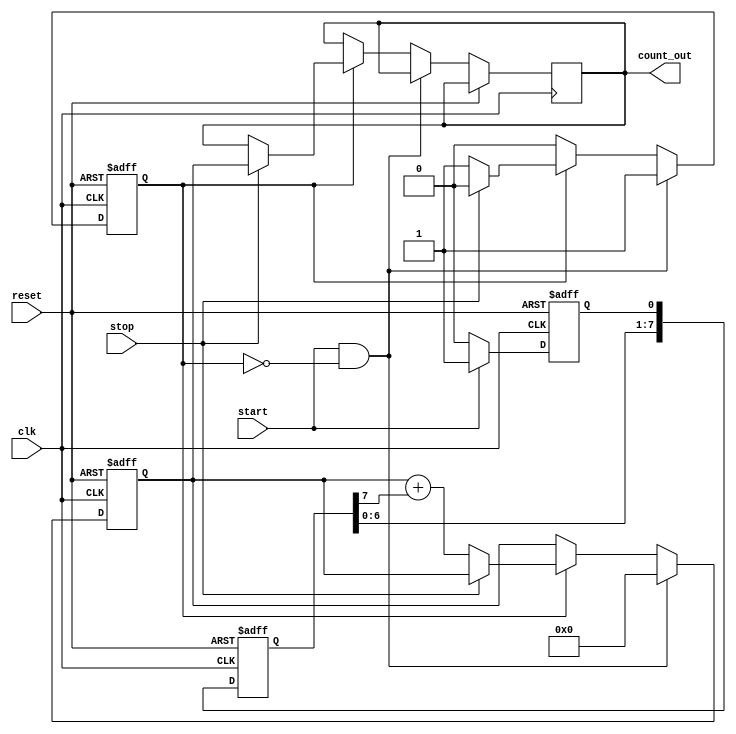
module TDC (
    input wire clk,               // System clock
    input wire reset,             // Asynchronous reset
    input wire start,             // Start signal
    input wire stop,              // Stop signal
    output reg [N-1:0] count_out  // Output count value
);
    parameter N = 8;              // Number of delay stages
    parameter DELAY_UNIT = 1;     // Delay unit (can be adjusted for resolution)

    reg [N-1:0] delay_line;       // Delay line storage
    reg [N-1:0] count;            // Counter for delay stages
    reg start_latched;            // Latch for start signal
    reg counting;                 // Flag to indicate counting state

    // Delay line implementation
    always @(posedge clk or posedge reset) begin
        if (reset) begin
            delay_line <= 0;
        end else begin
            // Shift the delay line on each clock cycle
            delay_line <= {delay_line[N-2:0], start_latched};
        end
    end

    // Latch the start signal
    always @(posedge clk or posedge reset) begin
        if (reset) begin
            start_latched <= 0;
        end else if (start) begin
            start_latched <= 1; // Latch the start signal
        end else begin
            start_latched <= 0; // Reset the latch
        end
    end

    // Counting mechanism
    always @(posedge clk or posedge reset) begin
        if (reset) begin
            count <= 0;
            counting <= 0;
        end else if (start && !counting) begin
            counting <= 1; // Start counting
            count <= 0;    // Reset count
        end else if (counting) begin
            if (stop) begin
                counting <= 0; // Stop counting
                count_out <= count; // Latch the count value
            end else begin
                // Increment count based on delay line state
                count <= count + delay_line[N-1]; // Count the active delay stages
            end
        end
    end

endmodule